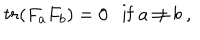
t r ( F _ { a } F _ { b } ) = 0 \ \ \ \mathrm { i f } \ a \not = b \ ,